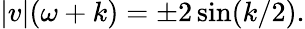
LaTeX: |v|(\omega+k)=\pm 2\sin(k/2).